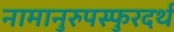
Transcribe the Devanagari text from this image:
नामानुरुपस्फुरदर्थ